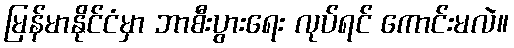
မြန်မာနိုင်ငံမှာ ဘာစီးပွားရေး လုပ်ရင် ကောင်းမလဲ။